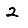
Digit: 2